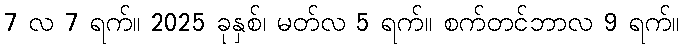
7 လ 7 ရက်။ 2025 ခုနှစ်၊ မတ်လ 5 ရက်။ စက်တင်ဘာလ 9 ရက်။